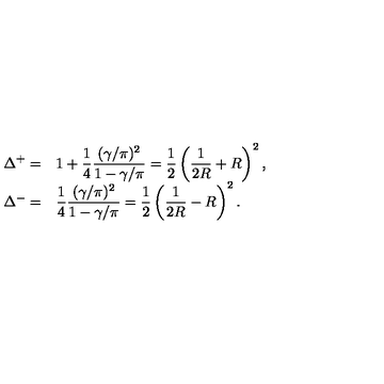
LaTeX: \begin{array} { r l } { \displaystyle \Delta ^ { + } = } & { 1 + \displaystyle \frac { 1 } { 4 } \displaystyle \frac { ( \gamma / \pi ) ^ { 2 } } { 1 - \gamma / \pi } = \displaystyle \frac { 1 } { 2 } \left( \displaystyle \frac { 1 } { 2 R } + R \right) ^ { 2 } , } \\ { \Delta ^ { - } = } & { \displaystyle \frac { 1 } { 4 } \displaystyle \frac { ( \gamma / \pi ) ^ { 2 } } { 1 - \gamma / \pi } = \displaystyle \frac { 1 } { 2 } \left( \displaystyle \frac { 1 } { 2 R } - R \right) ^ { 2 } . } \\ \end{array}